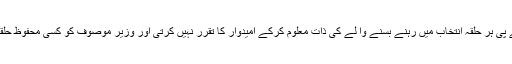
اگر یہ بات ہوتی تو بی جے پی ہر حلقۂ انتخاب میں رہنے بسنے وا لے کی ذات معلوم کرکے امیدوار کا تقرر نہیں کرتی اور وزیر موصوف کو کسی محفوظ حلقۂ انتخاب میں بھیج دیا جاتا۔